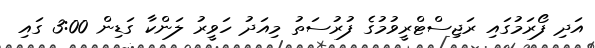
އަދި ފޯރަމުގައި ރަޖިސްޓްރީވުމުގެ ފުރުސަތު މިއަދު ހަވީރު ލަންކާ ގަޑިން 3:00 ގައި